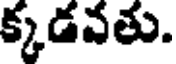
క్కడవతు.